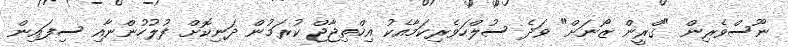
ނޫސްވެރިން "ގްރީން ޒޯނަށް" ވަދެ ސުލްހަވެރިކަމާއެކު އިހްތިޖާޖް ކުރަމުން ދަނިކޮށް ފުލުހުންނާއި ސިފައިން